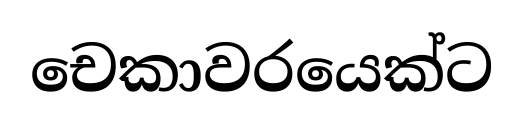
චෙකාවරයෙක්ට